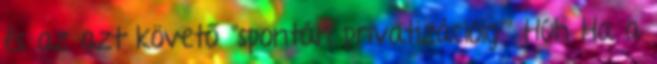
és az azt követő "spontán privatizációig"" Húh Ha a